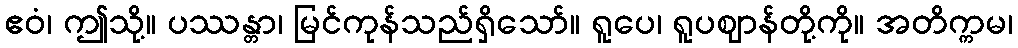
ဧဝံ၊ ဤသို့။ ပဿန္တာ၊ မြင်ကုန်သည်ရှိသော်။ ရူပေ၊ ရူပဈာန်တို့ကို။ အတိက္ကမ၊